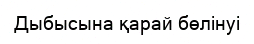
Дыбысына қарай бөлінуі